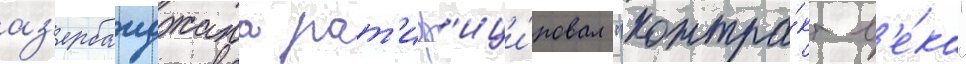
аз'ербаиджана рат'иф'ици́ровал "контра́кт в'е́ка"